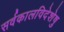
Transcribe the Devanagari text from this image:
सर्वकालविदेशेषु